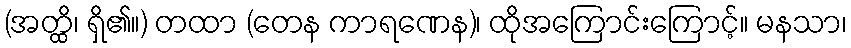
(အတ္ထိ၊ ရှိ၏။) တထာ (တေန ကာရဏေန)၊ ထိုအကြောင်းကြောင့်။ မနသာ၊